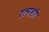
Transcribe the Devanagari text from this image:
रत्नशी